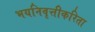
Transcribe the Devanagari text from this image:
भयनिवृत्तीकरिता